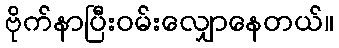
ဗိုက်နာပြီးဝမ်းလျှောနေတယ်။